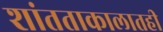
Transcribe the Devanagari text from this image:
शांतताकालातही